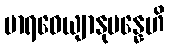
မာရဓေယျာနုပန္နေဟိ